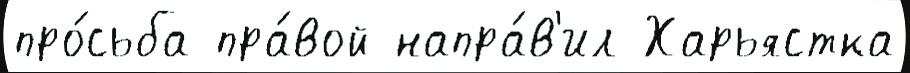
про́сьба пра́вой напра́в'ил Харьястка